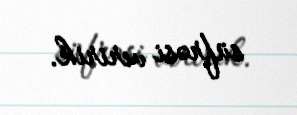
süfrəsi veririk.